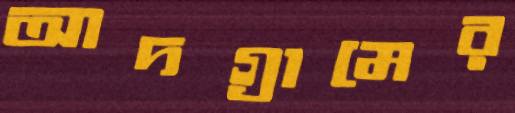
আদগ্রামের